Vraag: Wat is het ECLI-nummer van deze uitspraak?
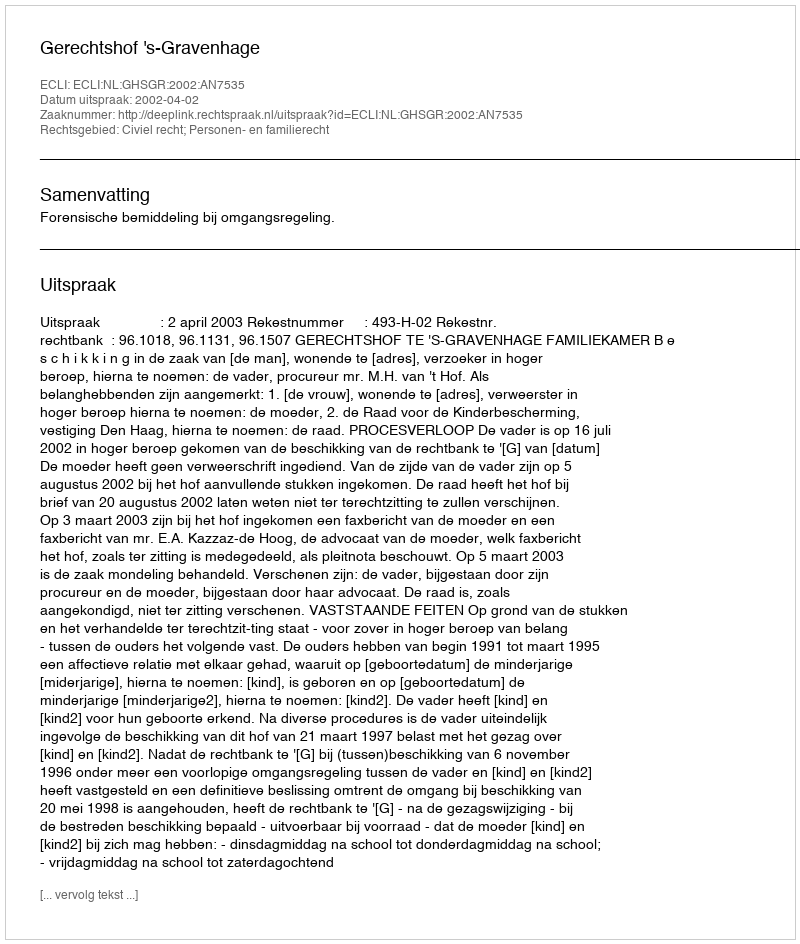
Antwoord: ECLI:NL:GHSGR:2002:AN7535